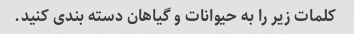
کلمات زیر را به حیوانات و گیاهان دسته بندی کنید.